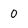
Character: 0